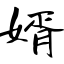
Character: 婿